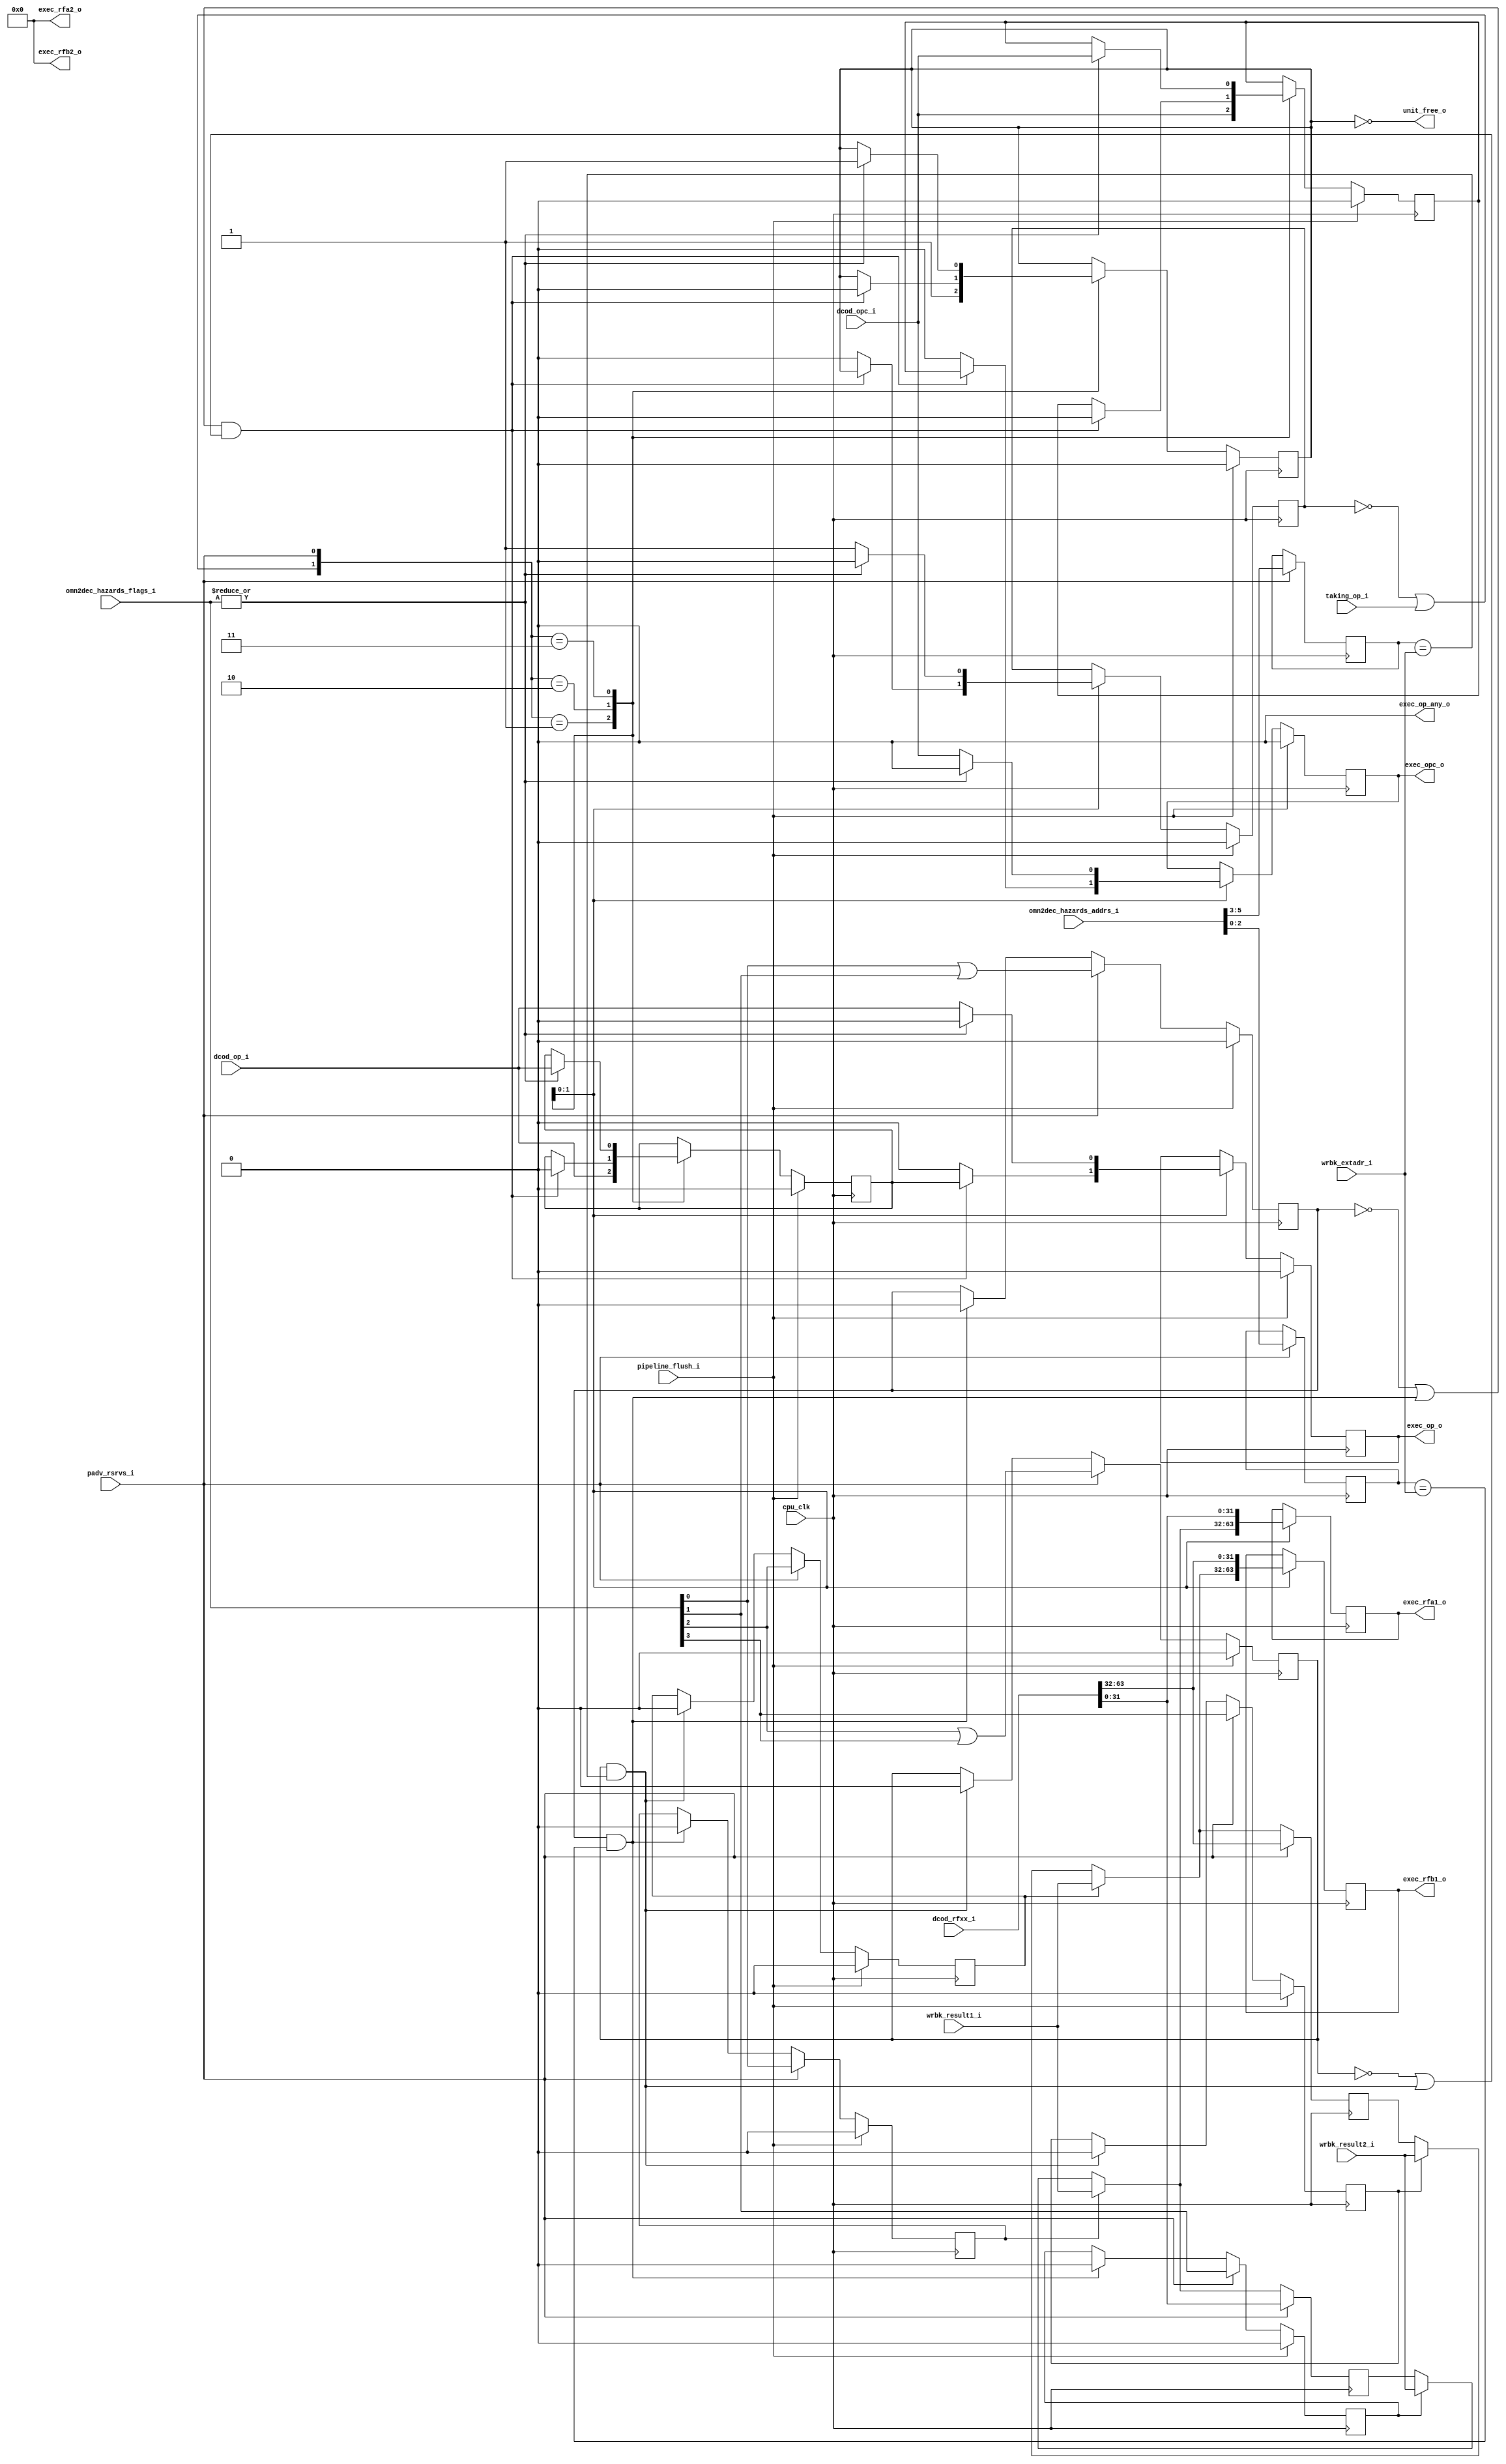
/////////////////////////////////////////////////////////////////////
//                                                                 //
//  Various variants of Reservation Stations [RSRVS]                //
//                                                                 //
//          avbacherov@opencores.org                               //
//                                                                 //
/////////////////////////////////////////////////////////////////////
//                                                                 //
//   Copyright (C) 2015 - 2019 Andrey Bacherov                     //
//                             avbacherov@opencores.org            //
//                                                                 //
//      This Source Code Form is subject to the terms of the       //
//      Open Hardware Description License, v. 1.0. If a copy       //
//      of the OHDL was not distributed with this file, You        //
//      can obtain one at http://juliusbaxter.net/ohdl/ohdl.txt    //
//                                                                 //
/////////////////////////////////////////////////////////////////////

//---------------------------------//
// Reservation Station with 2 taps //
// for LSU / MUL-DIV / FPU3264     //
//---------------------------------//

module or1k_marocchino_rsrvs
#(
  parameter OPTION_OPERAND_WIDTH = 32,
  parameter OP_WIDTH             =  1, // width of command set
  parameter OPC_WIDTH            =  1, // width of additional attributes
  parameter DEST_EXTADR_WIDTH    =  3, // log2(Order Control Buffer depth)
  // Reservation station is used for LSU.
  parameter RSRVS_LSU            =  0,
  // Reservation station is used for integer MUL/DIV.
  parameter RSRVS_MULDIV         =  0,
  // Reservation station is used for FPU3264.
  // Extra logic for the A2 and B2 related hazards is generated.
  parameter RSRVS_FPU            =  0,
  // Packed operands for various reservation stations:
  //  # LSU :   {   x,    x, rfb1, rfa1}
  //  # 1CLK:   {   x,    x, rfb1, rfa1}
  //  # MULDIV: {   x,    x, rfb1, rfa1}
  //  # FPU:    {rfb2, rfa2, rfb1, rfa1}
  parameter DCOD_RFXX_WIDTH      = 64, // (2 * OPTION_OPERAND_WIDTH) for LSU; etc...
  // OMAN-to-DECODE hazard flags layout for various reservation stations:
  //  # LSU :   {   x,    x,     x,    x,  d2b1, d1b1,  d2a1, d1a1 }
  //  # 1CLK:   {   x,    x,     x,    x,  d2b1, d1b1,  d2a1, d1a1 }
  //  # MULDIV: {   x,    x,     x,    x,  d2b1, d1b1,  d2a1, d1a1 }
  //  # FPU:    {d2b2, d1b2,  d2a2, d1a2,  d2b1, d1b1,  d2a1, d1a1 }
  parameter OMN2DEC_HAZARDS_FLAGS_WIDTH = 4, // 4: for 1CLK, MUL/DIV and LSU;  8: for FPU3264
  // OMAN-to-DECODE hazard id layout for various reservation stations:
  //  # LSU :   {   x,    x, dxb1, dxa1 }
  //  # 1CLK:   {   x,    x, dxb1, dxa1 }
  //  # MULDIV: {   x,    x, dxb1, dxa1 }
  //  # FPU:    {dxb2, dxa2, dxb1, dxa1 }
  parameter OMN2DEC_HAZARDS_ADDRS_WIDTH = 6  // (2 * DEST_EXTADR_WIDTH) for LSU; etc...
)
(
  // clocks and resets
  input                                     cpu_clk,

  // pipeline control signals
  input                                     pipeline_flush_i,
  input                                     padv_rsrvs_i,
  input                                     taking_op_i,      // a unit is taking input for execution

  // input data from DECODE
  input             [(DCOD_RFXX_WIDTH-1):0] dcod_rfxx_i,

  // OMAN-to-DECODE hazards
  //  # hazards flags
  input [(OMN2DEC_HAZARDS_FLAGS_WIDTH-1):0] omn2dec_hazards_flags_i,
  //  # hasards addresses
  input [(OMN2DEC_HAZARDS_ADDRS_WIDTH-1):0] omn2dec_hazards_addrs_i,

  // Hazard could be resolving
  //  ## write-back attributes
  input           [(DEST_EXTADR_WIDTH-1):0] wrbk_extadr_i,
  //  ## forwarding results
  input        [(OPTION_OPERAND_WIDTH-1):0] wrbk_result1_i,
  input        [(OPTION_OPERAND_WIDTH-1):0] wrbk_result2_i,

  // command and its additional attributes
  input                    [(OP_WIDTH-1):0] dcod_op_i,    // request the unit command
  input                   [(OPC_WIDTH-1):0] dcod_opc_i,   // additional attributes for command

  // outputs
  //   command and its additional attributes
  output                                    exec_op_any_o,
  output                   [(OP_WIDTH-1):0] exec_op_o,    // request the unit command
  output                  [(OPC_WIDTH-1):0] exec_opc_o,   // additional attributes for command
  //   operands
  output       [(OPTION_OPERAND_WIDTH-1):0] exec_rfa1_o,
  output       [(OPTION_OPERAND_WIDTH-1):0] exec_rfb1_o,
  //  ## for FPU3264
  output       [(OPTION_OPERAND_WIDTH-1):0] exec_rfa2_o,
  output       [(OPTION_OPERAND_WIDTH-1):0] exec_rfb2_o,
  //   unit-is-busy flag
  output                                    unit_free_o
);

  /**** parameters for fields extruction ****/

  // Packed operands for various reservation stations:
  //  # LSU :   {   x,    x, rfb1, rfa1}
  //  # 1CLK:   {   x,    x, rfb1, rfa1}
  //  # MULDIV: {   x,    x, rfb1, rfa1}
  //  # FPU:    {rfb2, rfa2, rfb1, rfa1}
  //    A1
  localparam  RFA1_LSB = 0;
  localparam  RFA1_MSB = OPTION_OPERAND_WIDTH - 1;
  //    B1
  localparam  RFB1_LSB = OPTION_OPERAND_WIDTH;
  localparam  RFB1_MSB = 2 * OPTION_OPERAND_WIDTH - 1;
  //    A2
  localparam  RFA2_LSB = 2 * OPTION_OPERAND_WIDTH;
  localparam  RFA2_MSB = 3 * OPTION_OPERAND_WIDTH - 1;
  //    B2
  localparam  RFB2_LSB = 3 * OPTION_OPERAND_WIDTH;
  localparam  RFB2_MSB = 4 * OPTION_OPERAND_WIDTH - 1;

  // OMAN-to-DECODE hazard flags layout for various reservation stations:
  //  # LSU :   {   x,    x,     x,    x,  d2b1, d1b1,  d2a1, d1a1 }
  //  # 1CLK:   {   x,    x,     x,    x,  d2b1, d1b1,  d2a1, d1a1 }
  //  # MULDIV: {   x,    x,     x,    x,  d2b1, d1b1,  d2a1, d1a1 }
  //  # FPU:    {d2b2, d1b2,  d2a2, d1a2,  d2b1, d1b1,  d2a1, d1a1 }
  //  # relative operand A1
  localparam  HAZARD_D1A1_FLG_POS =  0;
  localparam  HAZARD_D2A1_FLG_POS =  1;
  //  # relative operand B1
  localparam  HAZARD_D1B1_FLG_POS =  2;
  localparam  HAZARD_D2B1_FLG_POS =  3;
  //  # relative operand A2
  localparam  HAZARD_D1A2_FLG_POS =  4;
  localparam  HAZARD_D2A2_FLG_POS =  5;
  //  # relative operand B2
  localparam  HAZARD_D1B2_FLG_POS =  6;
  localparam  HAZARD_D2B2_FLG_POS =  7;

  // OMAN-to-DECODE hazard id layout for various reservation stations:
  //  # LSU :   {   x,    x, dxb1, dxa1 }
  //  # 1CLK:   {   x,    x, dxb1, dxa1 }
  //  # MULDIV: {   x,    x, dxb1, dxa1 }
  //  # FPU:    {dxb2, dxa2, dxb1, dxa1 }
  //  # relative operand A1
  localparam  EXTADR_DxA1_LSB = 0;
  localparam  EXTADR_DxA1_MSB = DEST_EXTADR_WIDTH - 1;
  //  # relative operand B1
  localparam  EXTADR_DxB1_LSB = DEST_EXTADR_WIDTH;
  localparam  EXTADR_DxB1_MSB = 2 * DEST_EXTADR_WIDTH - 1;
  //  # relative operand A2
  localparam  EXTADR_DxA2_LSB = 2 * DEST_EXTADR_WIDTH;
  localparam  EXTADR_DxA2_MSB = 3 * DEST_EXTADR_WIDTH - 1;
  //  # relative operand B2
  localparam  EXTADR_DxB2_LSB = 3 * DEST_EXTADR_WIDTH;
  localparam  EXTADR_DxB2_MSB = 4 * DEST_EXTADR_WIDTH - 1;


  // execute: command and attributes latches
  reg                   exec_op_any_r;
  reg  [(OP_WIDTH-1):0] exec_op_r;
  reg [(OPC_WIDTH-1):0] exec_opc_r;

  // an OMAN-to-DECODE hazard
  wire omn2dec_hazard = |omn2dec_hazards_flags_i;

  // all hazards are resolved
  wire busy_free_of_hazards;

  // Advance EXECUTE latches
  wire padv_exec_l = (~exec_op_any_r) |  taking_op_i;



  /**** BUSY stage ****/


  // busy: command and additional attributes
  reg                   busy_op_any_r;
  reg  [(OP_WIDTH-1):0] busy_op_r;
  reg [(OPC_WIDTH-1):0] busy_opc_r;

  // latch command and its attributes
  always @(posedge cpu_clk) begin
    if (pipeline_flush_i) begin
      busy_op_any_r <= 1'b0;
      busy_op_r     <= {OP_WIDTH{1'b0}};
      busy_opc_r    <= {OPC_WIDTH{1'b0}};
    end
    else begin
      (* parallel_case *)
      case ({padv_exec_l, padv_rsrvs_i})
        // keep state
        2'b00:;
        // next insn arrived
        2'b01: begin
          busy_op_any_r <= 1'b1;
          busy_op_r     <= dcod_op_i;
          busy_opc_r    <= dcod_opc_i;
        end
        // take free of hazards insn
        2'b10: begin
          if (busy_free_of_hazards) begin
            busy_op_any_r <= 1'b0;
            busy_op_r     <= {OP_WIDTH{1'b0}};
            busy_opc_r    <= {OPC_WIDTH{1'b0}};
          end
        end
        // pipe advance
        2'b11: begin
          if (omn2dec_hazard) begin
            busy_op_any_r <= 1'b1;
            busy_op_r     <= dcod_op_i;
            busy_opc_r    <= dcod_opc_i;
          end
        end
      endcase
    end
  end // @clock

  // output from busy stage
  //  ## unit-is-busy flag
  assign unit_free_o = (~busy_op_any_r);


  // busy: processing hazards wires (and regs) used across whole module
  // # common for all types of reservation station
  //  # relative operand A1
  reg                                 busy_hazard_d1a1_r;
  reg                                 busy_hazard_d2a1_r;
  reg                                 busy_hazard_dxa1_r;
  reg         [DEST_EXTADR_WIDTH-1:0] busy_extadr_dxa1_r;
  wire                                busy_dxa1_mux_wrbk;
  //  # relative operand B1
  reg                                 busy_hazard_d1b1_r;
  reg                                 busy_hazard_d2b1_r;
  reg                                 busy_hazard_dxb1_r;
  reg         [DEST_EXTADR_WIDTH-1:0] busy_extadr_dxb1_r;
  wire                                busy_dxb1_mux_wrbk;
  // # exclusively for FPU3264 reservation station
  //  # relative operand A2
  wire                                busy_hazard_d1a2_w;
  wire                                busy_hazard_d2a2_w;
  wire                                busy_hazard_dxa2_w;
  wire        [DEST_EXTADR_WIDTH-1:0] busy_extadr_dxa2_w;
  wire                                busy_dxa2_mux_wrbk;
  //  # relative operand B2
  wire                                busy_hazard_d1b2_w;
  wire                                busy_hazard_d2b2_w;
  wire                                busy_hazard_dxb2_w;
  wire        [DEST_EXTADR_WIDTH-1:0] busy_extadr_dxb2_w;
  wire                                busy_dxb2_mux_wrbk;

  // busy: operands
  //   ## registers for operands A & B
  reg      [OPTION_OPERAND_WIDTH-1:0] busy_rfa1_r;
  reg      [OPTION_OPERAND_WIDTH-1:0] busy_rfb1_r;
  //   ## multiplexed with forwarded value from Write-Back
  wire     [OPTION_OPERAND_WIDTH-1:0] busy_rfa1;
  wire     [OPTION_OPERAND_WIDTH-1:0] busy_rfb1;
  wire     [OPTION_OPERAND_WIDTH-1:0] busy_rfa2_w; // makes sense in FPU3264 only
  wire     [OPTION_OPERAND_WIDTH-1:0] busy_rfb2_w; // makes sense in FPU3264 only

  // latches for common part
  //  # hazard flags
  always @(posedge cpu_clk) begin
    if (pipeline_flush_i) begin
      //  # relative operand A1
      busy_hazard_d1a1_r <= 1'b0;
      busy_hazard_d2a1_r <= 1'b0;
      busy_hazard_dxa1_r <= 1'b0;
      //  # relative operand B1
      busy_hazard_d1b1_r <= 1'b0;
      busy_hazard_d2b1_r <= 1'b0;
      busy_hazard_dxb1_r <= 1'b0;
    end
    else if (padv_rsrvs_i) begin
      //  # relative operand A1
      busy_hazard_d1a1_r <= omn2dec_hazards_flags_i[HAZARD_D1A1_FLG_POS];
      busy_hazard_d2a1_r <= omn2dec_hazards_flags_i[HAZARD_D2A1_FLG_POS];
      busy_hazard_dxa1_r <= omn2dec_hazards_flags_i[HAZARD_D1A1_FLG_POS] |
                            omn2dec_hazards_flags_i[HAZARD_D2A1_FLG_POS];
      //  # relative operand B1
      busy_hazard_d1b1_r <= omn2dec_hazards_flags_i[HAZARD_D1B1_FLG_POS];
      busy_hazard_d2b1_r <= omn2dec_hazards_flags_i[HAZARD_D2B1_FLG_POS];
      busy_hazard_dxb1_r <= omn2dec_hazards_flags_i[HAZARD_D1B1_FLG_POS] |
                            omn2dec_hazards_flags_i[HAZARD_D2B1_FLG_POS];
    end
    else begin
      // busy-pushing-exec is needn't here as it resets busy-op-any
      //  # relative operand A1
      if (busy_dxa1_mux_wrbk) begin
        busy_hazard_d1a1_r <= 1'b0;
        busy_hazard_d2a1_r <= 1'b0;
        busy_hazard_dxa1_r <= 1'b0;
      end
      // d1b1 related
      if (busy_dxb1_mux_wrbk) begin
        busy_hazard_d1b1_r <= 1'b0;
        busy_hazard_d2b1_r <= 1'b0;
        busy_hazard_dxb1_r <= 1'b0;
      end
    end
  end // @clock
  //  # hazard resolution extension bits
  //  # they make sense only with raised hazard flags
  always @(posedge cpu_clk) begin
    if (padv_rsrvs_i) begin
      busy_extadr_dxa1_r <= omn2dec_hazards_addrs_i[EXTADR_DxA1_MSB:EXTADR_DxA1_LSB];
      busy_extadr_dxb1_r <= omn2dec_hazards_addrs_i[EXTADR_DxB1_MSB:EXTADR_DxB1_LSB];
    end
  end // @cpu-clock

  // muxing write-back
  assign busy_dxa1_mux_wrbk = busy_hazard_dxa1_r & (busy_extadr_dxa1_r == wrbk_extadr_i);
  assign busy_dxb1_mux_wrbk = busy_hazard_dxb1_r & (busy_extadr_dxb1_r == wrbk_extadr_i);

  // forwarding operands A1 & B1
  always @(posedge cpu_clk) begin
    if (padv_rsrvs_i) begin
      busy_rfa1_r <= dcod_rfxx_i[RFA1_MSB:RFA1_LSB];
      busy_rfb1_r <= dcod_rfxx_i[RFB1_MSB:RFB1_LSB];
    end
    else begin
      busy_rfa1_r <= busy_rfa1;
      busy_rfb1_r <= busy_rfb1;
    end
  end // @clock
  //---
  //  operand A1
  assign busy_rfa1 =  busy_hazard_d1a1_r ? wrbk_result1_i :
                     (busy_hazard_d2a1_r ? wrbk_result2_i : busy_rfa1_r);
  //  operand B1
  assign busy_rfb1 =  busy_hazard_d1b1_r ? wrbk_result1_i :
                     (busy_hazard_d2b1_r ? wrbk_result2_i : busy_rfb1_r);


  // exclusive latches for FPU3264 reservation station
  generate
  if (RSRVS_FPU == 1) begin : busy_fpxx_enabled
    //  # relative operand A2
    reg                             busy_hazard_d1a2_r;
    reg                             busy_hazard_d2a2_r;
    reg                             busy_hazard_dxa2_r;
    reg     [DEST_EXTADR_WIDTH-1:0] busy_extadr_dxa2_r;
    //  # relative operand B2
    reg                             busy_hazard_d1b2_r;
    reg                             busy_hazard_d2b2_r;
    reg                             busy_hazard_dxb2_r;
    reg     [DEST_EXTADR_WIDTH-1:0] busy_extadr_dxb2_r;
    // ---
    always @(posedge cpu_clk) begin
      if (pipeline_flush_i) begin
        //  # relative operand A2
        busy_hazard_d1a2_r <= 1'b0;
        busy_hazard_d2a2_r <= 1'b0;
        busy_hazard_dxa2_r <= 1'b0;
        //  # relative operand B2
        busy_hazard_d1b2_r <= 1'b0;
        busy_hazard_d2b2_r <= 1'b0;
        busy_hazard_dxb2_r <= 1'b0;
      end
      else if (padv_rsrvs_i) begin
        //  # relative operand A2
        busy_hazard_d1a2_r <= omn2dec_hazards_flags_i[HAZARD_D1A2_FLG_POS];
        busy_hazard_d2a2_r <= omn2dec_hazards_flags_i[HAZARD_D2A2_FLG_POS];
        busy_hazard_dxa2_r <= omn2dec_hazards_flags_i[HAZARD_D1A2_FLG_POS] |
                              omn2dec_hazards_flags_i[HAZARD_D2A2_FLG_POS];
        //  # relative operand B2
        busy_hazard_d1b2_r <= omn2dec_hazards_flags_i[HAZARD_D1B2_FLG_POS];
        busy_hazard_d2b2_r <= omn2dec_hazards_flags_i[HAZARD_D2B2_FLG_POS];
        busy_hazard_dxb2_r <= omn2dec_hazards_flags_i[HAZARD_D1B2_FLG_POS] |
                              omn2dec_hazards_flags_i[HAZARD_D2B2_FLG_POS];
      end
      else begin
        // busy-pushing-exec is needn't here as it resets busy-op-any
        //  # relative operand A2
        if (busy_dxa2_mux_wrbk) begin
          busy_hazard_d1a2_r <= 1'b0;
          busy_hazard_d2a2_r <= 1'b0;
          busy_hazard_dxa2_r <= 1'b0;
        end
        //  # relative operand B2
        if (busy_dxb2_mux_wrbk) begin
          busy_hazard_d1b2_r <= 1'b0;
          busy_hazard_d2b2_r <= 1'b0;
          busy_hazard_dxb2_r <= 1'b0;
        end
      end
    end // @clock
    // ---
    always @(posedge cpu_clk) begin
      if (padv_rsrvs_i) begin
        busy_extadr_dxa2_r <= omn2dec_hazards_addrs_i[EXTADR_DxA2_MSB:EXTADR_DxA2_LSB];
        busy_extadr_dxb2_r <= omn2dec_hazards_addrs_i[EXTADR_DxB2_MSB:EXTADR_DxB2_LSB];
      end
    end
    // ---
    //  # relative operand A2
    assign busy_hazard_d1a2_w = busy_hazard_d1a2_r; // FPU3264
    assign busy_hazard_d2a2_w = busy_hazard_d2a2_r; // FPU3264
    assign busy_hazard_dxa2_w = busy_hazard_dxa2_r; // FPU3264
    assign busy_extadr_dxa2_w = busy_extadr_dxa2_r; // FPU3264
    assign busy_dxa2_mux_wrbk = busy_hazard_dxa2_r & (busy_extadr_dxa2_r == wrbk_extadr_i);
    //  # relative operand B2
    assign busy_hazard_d1b2_w = busy_hazard_d1b2_r; // FPU3264
    assign busy_hazard_d2b2_w = busy_hazard_d2b2_r; // FPU3264
    assign busy_hazard_dxb2_w = busy_hazard_dxb2_r; // FPU3264
    assign busy_extadr_dxb2_w = busy_extadr_dxb2_r; // FPU3264
    assign busy_dxb2_mux_wrbk = busy_hazard_dxb2_r & (busy_extadr_dxb2_r == wrbk_extadr_i);

    // A2 & B2 operands
    reg [OPTION_OPERAND_WIDTH-1:0] busy_rfa2_r;
    reg [OPTION_OPERAND_WIDTH-1:0] busy_rfb2_r;
    // ---
    always @(posedge cpu_clk) begin
      if (padv_rsrvs_i) begin
        busy_rfa2_r <= dcod_rfxx_i[RFA2_MSB:RFA2_LSB];
        busy_rfb2_r <= dcod_rfxx_i[RFB2_MSB:RFB2_LSB];
      end
      else begin
        busy_rfa2_r <= busy_rfa2_w;
        busy_rfb2_r <= busy_rfb2_w;
      end
    end // @clock
    // ---
    //  operand A2
    assign busy_rfa2_w =  busy_hazard_d1a2_r ? wrbk_result1_i :
                         (busy_hazard_d2a2_r ? wrbk_result2_i : busy_rfa2_r);
    //  operand B2
    assign busy_rfb2_w =  busy_hazard_d1b2_r ? wrbk_result1_i :
                         (busy_hazard_d2b2_r ? wrbk_result2_i : busy_rfb2_r);
  end
  else begin : busy_fpxx_disabled
    //  # relative operand A2
    assign busy_hazard_d1a2_w = 1'b0; // not FPU3264
    assign busy_hazard_d2a2_w = 1'b0; // not FPU3264
    assign busy_hazard_dxa2_w = 1'b0; // not FPU3264
    assign busy_extadr_dxa2_w = {DEST_EXTADR_WIDTH{1'b0}}; // not FPU3264
    assign busy_dxa2_mux_wrbk = 1'b0; // not FPU3264
    //  # relative operand B2
    assign busy_hazard_d1b2_w = 1'b0; // not FPU3264
    assign busy_hazard_d2b2_w = 1'b0; // not FPU3264
    assign busy_hazard_dxb2_w = 1'b0; // not FPU3264
    assign busy_extadr_dxb2_w = {DEST_EXTADR_WIDTH{1'b0}}; // not FPU3264
    assign busy_dxb2_mux_wrbk = 1'b0; // not FPU3264
    // operands
    assign busy_rfa2_w = {OPTION_OPERAND_WIDTH{1'b0}}; // not FPU3264
    assign busy_rfb2_w = {OPTION_OPERAND_WIDTH{1'b0}}; // not FPU3264
  end
  endgenerate // BUSY-FPU3264

  // no more hazards in BUSY
  assign busy_free_of_hazards = ((~busy_hazard_dxa1_r) | busy_dxa1_mux_wrbk) &  // BUSY is hazadrs free
                                ((~busy_hazard_dxb1_r) | busy_dxb1_mux_wrbk) &  // BUSY is hazadrs free
                                ((~busy_hazard_dxa2_w) | busy_dxa2_mux_wrbk) &  // BUSY is hazadrs free
                                ((~busy_hazard_dxb2_w) | busy_dxb2_mux_wrbk);   // BUSY is hazadrs free


  /**** EXECUTE stage latches ****/

  // --- execute: command and attributes latches ---
  always @(posedge cpu_clk) begin
    if (pipeline_flush_i) begin
      exec_op_any_r <= 1'b0;
      exec_op_r     <= {OP_WIDTH{1'b0}};
      exec_opc_r    <= {OPC_WIDTH{1'b0}};
    end
    else begin
      (* parallel_case *)
      case ({padv_exec_l, padv_rsrvs_i})
        // EXEC registers are occupied
        2'b00, 2'b01:;
        // execution unit is taking insn
        2'b10: begin
          if (busy_free_of_hazards) begin
            exec_op_any_r <= busy_op_any_r;
            exec_op_r     <= busy_op_r;
            exec_opc_r    <= busy_opc_r;
          end
          else begin
            exec_op_any_r <= 1'b0;
            exec_op_r     <= {OP_WIDTH{1'b0}};
            exec_opc_r    <= {OPC_WIDTH{1'b0}};
          end
        end
        // pipe advance
        2'b11: begin
          if (omn2dec_hazard) begin
            exec_op_any_r <= 1'b0;
            exec_op_r     <= {OP_WIDTH{1'b0}};
            exec_opc_r    <= {OPC_WIDTH{1'b0}};
          end
          else begin
            exec_op_any_r <= 1'b1;
            exec_op_r     <= dcod_op_i;
            exec_opc_r    <= dcod_opc_i;
          end
        end
      endcase
    end
  end // @clock

  // Commands and attributes to execution units
  assign exec_op_any_o = (RSRVS_LSU == 1) ? exec_op_any_r : 1'b0;
  assign exec_op_o     = exec_op_r;
  assign exec_opc_o    = exec_opc_r;


  // EXECUTE: operands
  //   ## registers
  reg  [OPTION_OPERAND_WIDTH-1:0] exec_rfa1_r;
  reg  [OPTION_OPERAND_WIDTH-1:0] exec_rfb1_r;
  //   ## multiplexed with forwarded value from Write-Back
  wire [OPTION_OPERAND_WIDTH-1:0] exec_rfa1;
  wire [OPTION_OPERAND_WIDTH-1:0] exec_rfb1;
  //   ## for FPU3264
  wire [OPTION_OPERAND_WIDTH-1:0] exec_rfa2_w;
  wire [OPTION_OPERAND_WIDTH-1:0] exec_rfb2_w;


  // registers for operands A1 & B1
  always @(posedge cpu_clk) begin
    (* parallel_case *)
    case ({padv_exec_l, padv_rsrvs_i})
      // EXEC registers are occupied
      2'b00, 2'b01:;
      // execution unit is taking insn
      2'b10: begin
        exec_rfa1_r <= busy_rfa1;
        exec_rfb1_r <= busy_rfb1;
      end
      // pipe advance
      2'b11: begin
        exec_rfa1_r <= dcod_rfxx_i[RFA1_MSB:RFA1_LSB];
        exec_rfb1_r <= dcod_rfxx_i[RFB1_MSB:RFB1_LSB];
      end
    endcase
  end // @clock
  // ---
  assign exec_rfa1 = exec_rfa1_r;
  assign exec_rfb1 = exec_rfb1_r;


  //  ## for FPU3264
  generate
  if (RSRVS_FPU == 1) begin : exec_fpxx_enabled
    // registers for operands A2 & B2
    reg [OPTION_OPERAND_WIDTH-1:0] exec_rfa2_r;
    reg [OPTION_OPERAND_WIDTH-1:0] exec_rfb2_r;
    // ---
    always @(posedge cpu_clk) begin
      (* parallel_case *)
      case ({padv_exec_l, padv_rsrvs_i})
        // EXEC registers are occupied
        2'b00, 2'b01:;
        // execution unit is taking insn
        2'b10: begin
          exec_rfa2_r <= busy_rfa2_w;
          exec_rfb2_r <= busy_rfb2_w;
        end
        // pipe advance
        2'b11: begin
          exec_rfa2_r <= dcod_rfxx_i[RFA2_MSB:RFA2_LSB];
          exec_rfb2_r <= dcod_rfxx_i[RFB2_MSB:RFB2_LSB];
        end
      endcase
    end // @clock
    // ---
    assign exec_rfa2_w = exec_rfa2_r;
    assign exec_rfb2_w = exec_rfb2_r;
  end
  else begin : exec_fpxx_disabled
    assign exec_rfa2_w  = {OPTION_OPERAND_WIDTH{1'b0}}; // not FPU3264
    assign exec_rfb2_w  = {OPTION_OPERAND_WIDTH{1'b0}}; // not FPU3264
  end
  endgenerate // EXEC-FPU3264

  // outputs
  //   operands
  assign exec_rfa1_o = exec_rfa1;
  assign exec_rfb1_o = exec_rfb1;
  //   for FPU3264
  assign exec_rfa2_o = exec_rfa2_w;
  assign exec_rfb2_o = exec_rfb2_w;

endmodule // or1k_marocchino_rsrvs


//--------------------------------------//
// Reservation Station for 1CLK unit    //
// with support in-1clk-unit forwarding //
//--------------------------------------//

module or1k_marocchino_rsrvs_1clk
#(
  parameter OPTION_OPERAND_WIDTH = 32,
  parameter OP_WIDTH             =  1, // width of command set
  parameter OPC_WIDTH            =  1, // width of additional attributes
  parameter DEST_EXTADR_WIDTH    =  3  // log2(Order Control Buffer depth)
)
(
  // clocks and resets
  input                                     cpu_clk,

  // pipeline control signals
  input                                     pipeline_flush_i,
  input                                     padv_rsrvs_i,
  input                                     taking_op_i,      // a unit is taking input for execution

  // input data from DECODE
  input    [((2*OPTION_OPERAND_WIDTH)-1):0] dcod_rfxx_i,

  // OMAN-to-DECODE hazards
  //  # hazards flags: { d2b1, d1b1,  d2a1, d1a1 }
  input                               [3:0] omn2dec_hazards_flags_i,
  //  # hazards addresses: { dxb1, dxa1 }
  input       [((2*DEST_EXTADR_WIDTH)-1):0] omn2dec_hazards_addrs_i,

  // support in-1clk-unit forwarding
  input                                     dcod_rfd1_we_i,
  input             [DEST_EXTADR_WIDTH-1:0] dcod_extadr_i,

  // Hazard could be resolving
  //  ## write-back attributes
  input           [(DEST_EXTADR_WIDTH-1):0] wrbk_extadr_i,
  //  ## forwarding results
  input        [(OPTION_OPERAND_WIDTH-1):0] wrbk_result1_i,
  input        [(OPTION_OPERAND_WIDTH-1):0] wrbk_result2_i,

  // command and its additional attributes
  input                    [(OP_WIDTH-1):0] dcod_op_i,    // request the unit command
  input                   [(OPC_WIDTH-1):0] dcod_opc_i,   // additional attributes for command

  // outputs
  //   command and its additional attributes
  output                                    exec_op_any_o,
  output                   [(OP_WIDTH-1):0] exec_op_o,    // request the unit command
  output                  [(OPC_WIDTH-1):0] exec_opc_o,   // additional attributes for command
  // flags for in-1clk-unit forwarding multiplexors
  output                                    exec_1clk_ff_d1a1_o,
  output                                    exec_1clk_ff_d1b1_o,
  //   operands
  output       [(OPTION_OPERAND_WIDTH-1):0] exec_rfa1_o,
  output       [(OPTION_OPERAND_WIDTH-1):0] exec_rfb1_o,
  //   unit-is-busy flag
  output                                    unit_free_o
);

  // zero-values:
  localparam [(DEST_EXTADR_WIDTH-1):0] EXTADR_ZERO = 0;
  localparam          [(OP_WIDTH-1):0] OP_ZERO     = 0;
  localparam         [(OPC_WIDTH-1):0] OPC_ZERO    = 0;


  /**** Some forward declarations for EXECUTE stage ****/


  // command and attributes latches
  reg                            exec_op_any_r;
  reg           [(OP_WIDTH-1):0] exec_op_r;
  reg          [(OPC_WIDTH-1):0] exec_opc_r;

  // flags for in-1clk-unit forwarding multiplexors
  reg  [(DEST_EXTADR_WIDTH-1):0] exec_extadr_r;
  reg                            exec_1clk_ff_d1a1_r;
  reg                            exec_1clk_ff_d1b1_r;

  // Advance EXECUTE latches
  wire padv_exec_l = (~exec_op_any_r) |  taking_op_i;


  /**** Unpack Inputs and Preliminary Analysis for Hazards ****/


  // unpack operands: { rfb1, rfa1}
  // OMAN-to-DECODE hazard id: { dxb1, dxa1 }
  //    A1
  wire [(OPTION_OPERAND_WIDTH-1):0] dcod_rfa1;
  wire    [(DEST_EXTADR_WIDTH-1):0] omn2dec_extadr_dxa1;
  //    B1
  wire [(OPTION_OPERAND_WIDTH-1):0] dcod_rfb1;
  wire    [(DEST_EXTADR_WIDTH-1):0] omn2dec_extadr_dxb1;

  //    A1
  assign dcod_rfa1 = dcod_rfxx_i[(OPTION_OPERAND_WIDTH-1):0];
  assign omn2dec_extadr_dxa1 = omn2dec_hazards_addrs_i[(DEST_EXTADR_WIDTH-1):0];
  //    B1
  assign dcod_rfb1 = dcod_rfxx_i[(2*OPTION_OPERAND_WIDTH-1):OPTION_OPERAND_WIDTH];
  assign omn2dec_extadr_dxb1 = omn2dec_hazards_addrs_i[(2*DEST_EXTADR_WIDTH-1):DEST_EXTADR_WIDTH];

  // OMAN-to-DECODE hazard flags: { d2b1, d1b1, d2a1, d1a1 }
  //  # relative operand A1
  wire omn2dec_hazard_d1a1 = omn2dec_hazards_flags_i[0] & (omn2dec_extadr_dxa1 != exec_extadr_r);
  wire omn2dec_hazard_d2a1 = omn2dec_hazards_flags_i[1];
  //  # relative operand B1
  wire omn2dec_hazard_d1b1 = omn2dec_hazards_flags_i[2] & (omn2dec_extadr_dxb1 != exec_extadr_r);
  wire omn2dec_hazard_d2b1 = omn2dec_hazards_flags_i[3];

  // an OMAN-to-DECODE hazard
  wire omn2dec_hazard = omn2dec_hazard_d2b1 | omn2dec_hazard_d1b1 |
                        omn2dec_hazard_d2a1 | omn2dec_hazard_d1a1;

  // propagate extension bits through RSRVS stages
  wire   [(DEST_EXTADR_WIDTH-1):0] dcod_extadr;
  assign dcod_extadr = dcod_rfd1_we_i ? dcod_extadr_i : EXTADR_ZERO;

  // EXECUTE-to-DECODE forwarding
  wire exe2dec_ff_d1a1 = omn2dec_hazards_flags_i[0] & (omn2dec_extadr_dxa1 == exec_extadr_r);
  wire exe2dec_ff_d1b1 = omn2dec_hazards_flags_i[2] & (omn2dec_extadr_dxb1 == exec_extadr_r);


  /**** BUSY stage ****/


  // busy: command and additional attributes
  reg                            busy_op_any_r;
  reg           [(OP_WIDTH-1):0] busy_op_r;
  reg          [(OPC_WIDTH-1):0] busy_opc_r;

  // busy: for in-1clk-unit forwarding multiplexors
  reg  [(DEST_EXTADR_WIDTH-1):0] busy_extadr_r;
  reg                            busy_1clk_ff_d1a1_r;
  reg                            busy_1clk_ff_d1b1_r;

  // busy: hazards handling wires and regs
  //  # relative operand A1
  reg                            busy_hazard_d1a1_r;
  reg                            busy_hazard_d2a1_r;
  reg                            busy_hazard_dxa1_r;
  reg    [DEST_EXTADR_WIDTH-1:0] busy_extadr_dxa1_r;
  wire                           busy_dxa1_mux_wrbk;
  wire                           busy_dxa1_wait_wrbk;
  //  # relative operand B1
  reg                            busy_hazard_d1b1_r;
  reg                            busy_hazard_d2b1_r;
  reg                            busy_hazard_dxb1_r;
  reg    [DEST_EXTADR_WIDTH-1:0] busy_extadr_dxb1_r;
  wire                           busy_dxb1_mux_wrbk;
  wire                           busy_dxb1_wait_wrbk;

  // all hazards are resolved
  wire                           busy_free_of_hazards;


  // output from busy stage
  //  ## unit-is-busy flag
  assign unit_free_o = (~busy_op_any_r);

  //  # hazard resolution extension bits
  //  # they make since only with raised hazard flags
  always @(posedge cpu_clk) begin
    if (padv_rsrvs_i) begin
      busy_extadr_dxa1_r <= omn2dec_extadr_dxa1;
      busy_extadr_dxb1_r <= omn2dec_extadr_dxb1;
    end
  end // @cpu-clock

  // muxing write-back
  assign busy_dxa1_mux_wrbk = busy_hazard_dxa1_r & (busy_extadr_dxa1_r == wrbk_extadr_i);
  assign busy_dxb1_mux_wrbk = busy_hazard_dxb1_r & (busy_extadr_dxb1_r == wrbk_extadr_i);

  // waiting write-back
  assign busy_dxa1_wait_wrbk = busy_hazard_dxa1_r & (busy_extadr_dxa1_r != wrbk_extadr_i);
  assign busy_dxb1_wait_wrbk = busy_hazard_dxb1_r & (busy_extadr_dxb1_r != wrbk_extadr_i);

  // no hazards in BUSY
  assign busy_free_of_hazards = ((~busy_hazard_dxa1_r) | (busy_extadr_dxa1_r == wrbk_extadr_i)) &  // BUSY is free of hazadrs
                                ((~busy_hazard_dxb1_r) | (busy_extadr_dxb1_r == wrbk_extadr_i));   // BUSY is free of hazadrs

  // latches for:
  //  - command and additional attributes
  //  - for in-1clk-unit forwarding multiplexors
  //  - hazards handling wires and regs
  always @(posedge cpu_clk) begin
    if (pipeline_flush_i) begin
      // command and additional attributes
      busy_op_any_r       <= 1'b0; // flush
      busy_op_r           <= OP_ZERO; // flush
      busy_opc_r          <= OPC_ZERO; // flush
      // for in-1clk-unit forwarding multiplexors
      busy_extadr_r       <= EXTADR_ZERO; // flush
      busy_1clk_ff_d1a1_r <= 1'b0; // flush
      busy_1clk_ff_d1b1_r <= 1'b0; // flush
      // Dx <-> A1 hazard flags
      busy_hazard_d1a1_r  <= 1'b0; // flush
      busy_hazard_d2a1_r  <= 1'b0; // flush
      busy_hazard_dxa1_r  <= 1'b0; // flush
      // Dx <-> B1 hazard flags
      busy_hazard_d1b1_r  <= 1'b0; // flush
      busy_hazard_d2b1_r  <= 1'b0; // flush
      busy_hazard_dxb1_r  <= 1'b0; // flush
    end
    else begin
      (* parallel_case *)
      case ({padv_exec_l, padv_rsrvs_i})
        // just resolving hazards
        2'b00: begin
          // Dx <-> A1 hazard flags
          if (busy_dxa1_mux_wrbk) begin
            busy_hazard_d1a1_r <= 1'b0;
            busy_hazard_d2a1_r <= 1'b0;
            busy_hazard_dxa1_r <= 1'b0;
          end
          // Dx <-> B1 hazard flags
          if (busy_dxb1_mux_wrbk) begin
            busy_hazard_d1b1_r <= 1'b0;
            busy_hazard_d2b1_r <= 1'b0;
            busy_hazard_dxb1_r <= 1'b0;
          end
        end // just resolving hazards

        // next insn arrived
        2'b01: begin
          // command and additional attributes
          busy_op_any_r       <= 1'b1;
          busy_op_r           <= dcod_op_i;
          busy_opc_r          <= dcod_opc_i;
          // for in-1clk-unit forwarding multiplexors
          busy_extadr_r       <= dcod_extadr;
          busy_1clk_ff_d1a1_r <= exe2dec_ff_d1a1;
          busy_1clk_ff_d1b1_r <= exe2dec_ff_d1b1;
          // Dx <-> A1 hazard flags
          busy_hazard_d1a1_r  <= omn2dec_hazard_d1a1;
          busy_hazard_d2a1_r  <= omn2dec_hazard_d2a1;
          busy_hazard_dxa1_r  <= omn2dec_hazard_d1a1 | omn2dec_hazard_d2a1;
          // Dx <-> B1 hazard flags
          busy_hazard_d1b1_r  <= omn2dec_hazard_d1b1;
          busy_hazard_d2b1_r  <= omn2dec_hazard_d2b1;
          busy_hazard_dxb1_r  <= omn2dec_hazard_d1b1 | omn2dec_hazard_d2b1;
        end // next insn arrived

        // take free of hazards insn
        2'b10: begin
          if (busy_free_of_hazards) begin
            // command and additional attributes
            busy_op_any_r <= 1'b0;
            busy_op_r     <= OP_ZERO;
            busy_opc_r    <= OPC_ZERO;
            busy_extadr_r <= EXTADR_ZERO;
          end
          // in-1clk-unit forwarding become impossible
          busy_1clk_ff_d1a1_r <= 1'b0;
          busy_1clk_ff_d1b1_r <= 1'b0;
          // Dx <-> A1 hazard flags
          if (busy_dxa1_mux_wrbk) begin
            busy_hazard_d1a1_r <= 1'b0;
            busy_hazard_d2a1_r <= 1'b0;
            busy_hazard_dxa1_r <= 1'b0;
          end
          else if (busy_1clk_ff_d1a1_r) begin
            // in-1clk-unit forwarding become impossible
            // if we are waiting another operand -> restore hazard
            busy_hazard_d1a1_r <= busy_dxb1_wait_wrbk;
            busy_hazard_dxa1_r <= busy_dxb1_wait_wrbk;
          end
          // Dx <-> B1 hazard flags
          if (busy_dxb1_mux_wrbk) begin
            busy_hazard_d1b1_r <= 1'b0;
            busy_hazard_d2b1_r <= 1'b0;
            busy_hazard_dxb1_r <= 1'b0;
          end
          else if (busy_1clk_ff_d1b1_r) begin
            // in-1clk-unit forwarding is impossible
            // if we are waiting another operand -> restore hazard
            busy_hazard_d1b1_r <= busy_dxa1_wait_wrbk;
            busy_hazard_dxb1_r <= busy_dxa1_wait_wrbk;
          end
        end // take free of hazards insn

        // pipe advance
        2'b11: begin
          if (omn2dec_hazard) begin
            // command and additional attributes
            busy_op_any_r       <= 1'b1;
            busy_op_r           <= dcod_op_i;
            busy_opc_r          <= dcod_opc_i;
            busy_extadr_r       <= dcod_extadr;
            // Dx <-> A1 hazard flags
            busy_hazard_d1a1_r <= omn2dec_hazards_flags_i[0];
            busy_hazard_d2a1_r <= omn2dec_hazard_d2a1;
            busy_hazard_dxa1_r <= omn2dec_hazards_flags_i[0] | omn2dec_hazard_d2a1;
            // Dx <-> B1 hazard flags
            busy_hazard_d1b1_r <= omn2dec_hazards_flags_i[2];
            busy_hazard_d2b1_r <= omn2dec_hazard_d2b1;
            busy_hazard_dxb1_r <= omn2dec_hazards_flags_i[2] | omn2dec_hazard_d2b1;
          end
          // needn't to store in-1clk-unit forwarding flags
          busy_1clk_ff_d1a1_r <= 1'b0;
          busy_1clk_ff_d1b1_r <= 1'b0;
        end // pipe advance
      endcase
    end
  end // @clock


  // busy: operands
  //   ## registers for operands A & B
  reg  [OPTION_OPERAND_WIDTH-1:0] busy_rfa1_r;
  reg  [OPTION_OPERAND_WIDTH-1:0] busy_rfb1_r;
  //   ## multiplexed with forwarded value from Write-Back
  wire [OPTION_OPERAND_WIDTH-1:0] busy_rfa1;
  wire [OPTION_OPERAND_WIDTH-1:0] busy_rfb1;

  // BUSY stage operands A1 & B1
  always @(posedge cpu_clk) begin
    if (padv_rsrvs_i) begin
      busy_rfa1_r <= dcod_rfa1;
      busy_rfb1_r <= dcod_rfb1;
    end
    else begin
      busy_rfa1_r <= busy_rfa1;
      busy_rfb1_r <= busy_rfb1;
    end
  end // @clock

  // Forwarding
  //  operand A1
  assign busy_rfa1 =  busy_hazard_d1a1_r ? wrbk_result1_i :
                     (busy_hazard_d2a1_r ? wrbk_result2_i : busy_rfa1_r);
  //  operand B1
  assign busy_rfb1 =  busy_hazard_d1b1_r ? wrbk_result1_i :
                     (busy_hazard_d2b1_r ? wrbk_result2_i : busy_rfb1_r);


  /**** EXECUTE stage latches ****/


  // --- execute: command and attributes latches ---
  always @(posedge cpu_clk) begin
    if (pipeline_flush_i) begin
      exec_op_any_r       <= 1'b0;
      exec_op_r           <= OP_ZERO;
      exec_opc_r          <= OPC_ZERO;
      exec_extadr_r       <= EXTADR_ZERO;
      exec_1clk_ff_d1a1_r <= 1'b0;
      exec_1clk_ff_d1b1_r <= 1'b0;
    end
    else begin
      (* parallel_case *)
      case ({padv_exec_l, padv_rsrvs_i})
        // EXEC registers are occupied
        2'b00, 2'b01:;
        // execution unit is taking insn
        2'b10: begin
          if (busy_free_of_hazards) begin
            exec_op_any_r       <= busy_op_any_r;
            exec_op_r           <= busy_op_r;
            exec_opc_r          <= busy_opc_r;
            exec_extadr_r       <= busy_extadr_r;
            exec_1clk_ff_d1a1_r <= busy_1clk_ff_d1a1_r;
            exec_1clk_ff_d1b1_r <= busy_1clk_ff_d1b1_r;
          end
          else begin
            exec_op_any_r       <= 1'b0;
            exec_op_r           <= OP_ZERO;
            exec_opc_r          <= OPC_ZERO;
            exec_extadr_r       <= EXTADR_ZERO;
            exec_1clk_ff_d1a1_r <= 1'b0;
            exec_1clk_ff_d1b1_r <= 1'b0;
          end
        end
        // pipe advance
        2'b11: begin
          if (omn2dec_hazard) begin
            exec_op_any_r       <= 1'b0;
            exec_op_r           <= OP_ZERO;
            exec_opc_r          <= OPC_ZERO;
            exec_extadr_r       <= EXTADR_ZERO;
            exec_1clk_ff_d1a1_r <= 1'b0;
            exec_1clk_ff_d1b1_r <= 1'b0;
          end
          else begin
            exec_op_any_r       <= 1'b1;
            exec_op_r           <= dcod_op_i;
            exec_opc_r          <= dcod_opc_i;
            exec_extadr_r       <= dcod_extadr;
            exec_1clk_ff_d1a1_r <= exe2dec_ff_d1a1;
            exec_1clk_ff_d1b1_r <= exe2dec_ff_d1b1;
          end
        end
      endcase
    end
  end // @clock

  // Commands and attributes to execution units
  assign exec_op_any_o = exec_op_any_r;
  assign exec_op_o     = exec_op_r;
  assign exec_opc_o    = exec_opc_r;

  // flags for in-1clk-unit forwarding multiplexors
  assign exec_1clk_ff_d1a1_o = exec_1clk_ff_d1a1_r;
  assign exec_1clk_ff_d1b1_o = exec_1clk_ff_d1b1_r;

  // EXECUTE: operands
  //   ## registers
  reg  [OPTION_OPERAND_WIDTH-1:0] exec_rfa1_r;
  reg  [OPTION_OPERAND_WIDTH-1:0] exec_rfb1_r;

  // registers for operands A1 & B1
  always @(posedge cpu_clk) begin
    (* parallel_case *)
    case ({padv_exec_l, padv_rsrvs_i})
      // EXEC registers are occupied
      2'b00, 2'b01:;
      // execution unit is taking insn
      2'b10: begin
        exec_rfa1_r <= busy_rfa1;
        exec_rfb1_r <= busy_rfb1;
      end
      // pipe advance
      2'b11: begin
        exec_rfa1_r <= dcod_rfa1;
        exec_rfb1_r <= dcod_rfb1;
      end
    endcase
  end // @clock

  // outputs operands
  assign exec_rfa1_o = exec_rfa1_r;
  assign exec_rfb1_o = exec_rfb1_r;

endmodule // or1k_marocchino_rsrvs_1clk